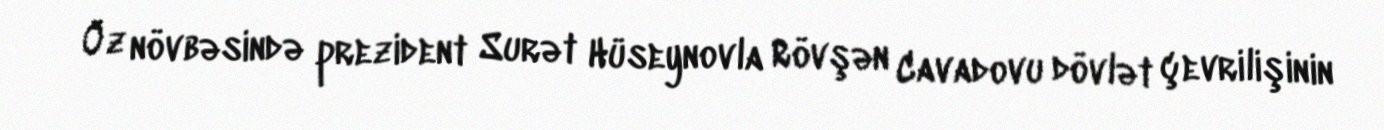
Öz növbəsində prezident Surət Hüseynovla Rövşən Cavadovu dövlət çevrilişinin